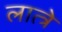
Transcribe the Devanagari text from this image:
लात्त्रे